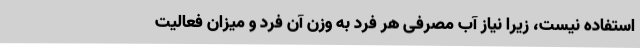
استفاده نیست، زیرا نیاز آب مصرفی هر فرد به وزن آن فرد و میزان فعالیت